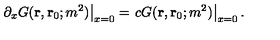
\left. \partial _ { x } G ( { \bf r } , { \bf r } _ { 0 } ; m ^ { 2 } ) \right| _ { x = 0 } = \left. c G ( { \bf r } , { \bf r } _ { 0 } ; m ^ { 2 } ) \right| _ { x = 0 } .